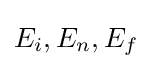
E_{i},E_{n},E_{f}